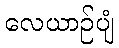
လေယာဉ်ပျံ